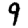
Digit: 9